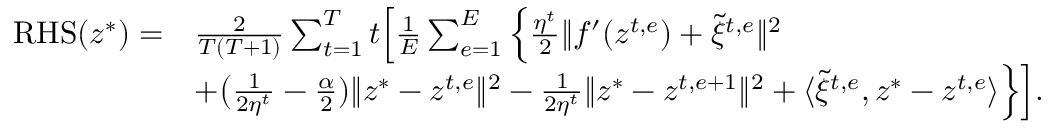
\begin{array} { r l } { \mathrm { R H S } ( z ^ { * } ) = } & { \frac { 2 } { T ( T + 1 ) } \sum _ { t = 1 } ^ { T } t \Big [ \frac { 1 } { E } \sum _ { e = 1 } ^ { E } \Big \{ \frac { \eta ^ { t } } { 2 } \| f ^ { \prime } ( z ^ { t , e } ) + \tilde { \xi } ^ { t , e } \| ^ { 2 } } \\ & { + \big ( \frac { 1 } { 2 \eta ^ { t } } - \frac { \alpha } { 2 } ) \| z ^ { * } - z ^ { t , e } \| ^ { 2 } - \frac { 1 } { 2 \eta ^ { t } } \| z ^ { * } - z ^ { t , e + 1 } \| ^ { 2 } + \langle \tilde { \xi } ^ { t , e } , z ^ { * } - z ^ { t , e } \rangle \Big \} \Big ] . } \end{array}